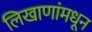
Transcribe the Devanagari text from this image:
लिखाणांमधून